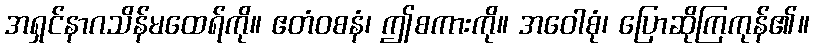
အရှင်နာဂသိန်မထေရ်ကို။ ဧတံဝစနံ၊ ဤစကားကို။ အဝေါစုံ၊ ပြောဆိုကြကုန်၏။